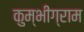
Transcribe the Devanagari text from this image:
कुम्भीग्राम